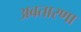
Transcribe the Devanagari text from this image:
अबतारणा